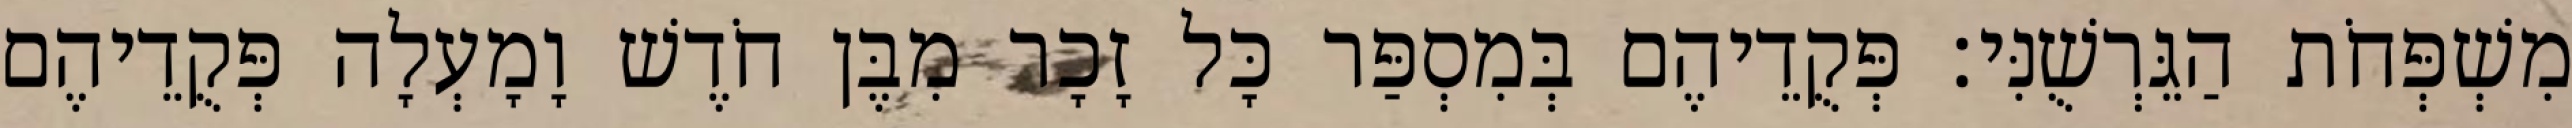
מִשְׁפְּחֹת הַגֵּרְשֻׁנִּי׃ פְּקֻדֵיהֶם בְּמִסְפַּר כָּל זָכָר מִבֶּן חֹדֶשׁ וָמָעְלָה פְּקֻדֵיהֶם